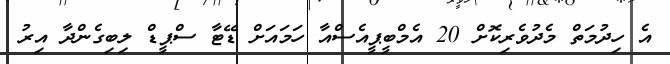
އެ ހިދުމަތް މެދުވެރިކޮށް 20 އެމްބީޕީއެސްއާ ހަމައަށް ޑޭޓާ ސްޕީޑް ލިބިގެންދާ އިރު